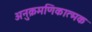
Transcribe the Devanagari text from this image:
अनुक्रमणिकात्मक